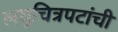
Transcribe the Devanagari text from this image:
लघुचित्रपटांची